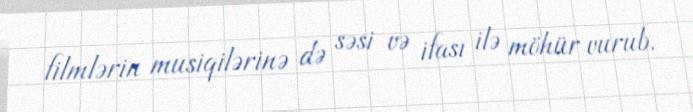
filmlərin musiqilərinə də səsi və ifası ilə möhür vurub.